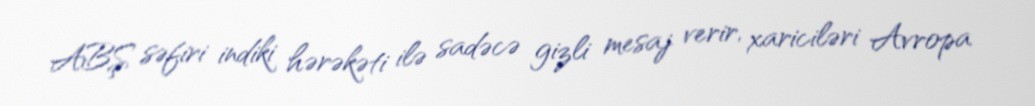
ABŞ səfiri indiki hərəkəti ilə sadəcə gizli mesaj verir, xariciləri Avropa